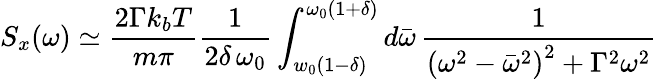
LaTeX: S_{x}(\omega)\simeq\frac{2\Gamma k_{b}T}{m\pi}\frac{1}{2\delta\, \omega_{0}}\int_{w_{0}(1-\delta)}^{\omega_{0}(1+\delta)}d\bar{\omega}\, \frac{1}{\left(\omega^{2}-\bar{\omega}^{2}\right)^{2}+\Gamma^{2}\omega^{2}}